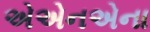
એએનએના